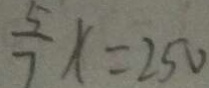
\frac { 5 } { 7 } x = 2 5 0